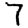
Digit: 7